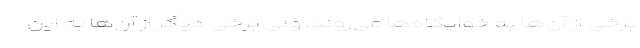
برخی از آن‌ها به خوابگاه‌ها می‌روند، ولی برخی دیگر از آن‌ها به این